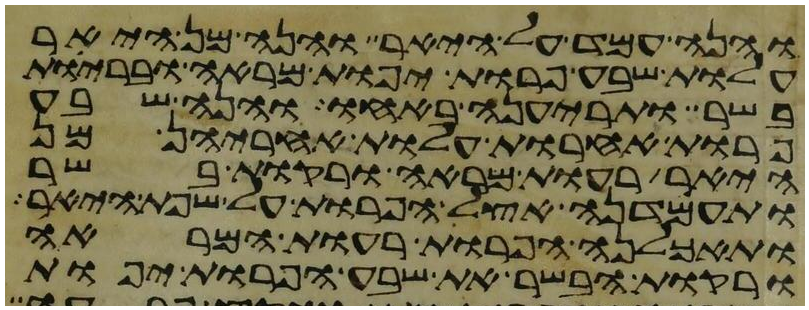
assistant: והנה עמד על היאר והנה מן היאר
עלות שבע פרות יפות מראה ובריות
בשר ותריענה באחו והנה שבע
פרות אחרות עלות אחריהן מן
היאר רעות מראה ורקות בשר
ותעמדנה אצל הפרות על שפת היאר
ותאכלנה הפרות רעות המראה
ורקות הבשר את שבע הפרות יפות